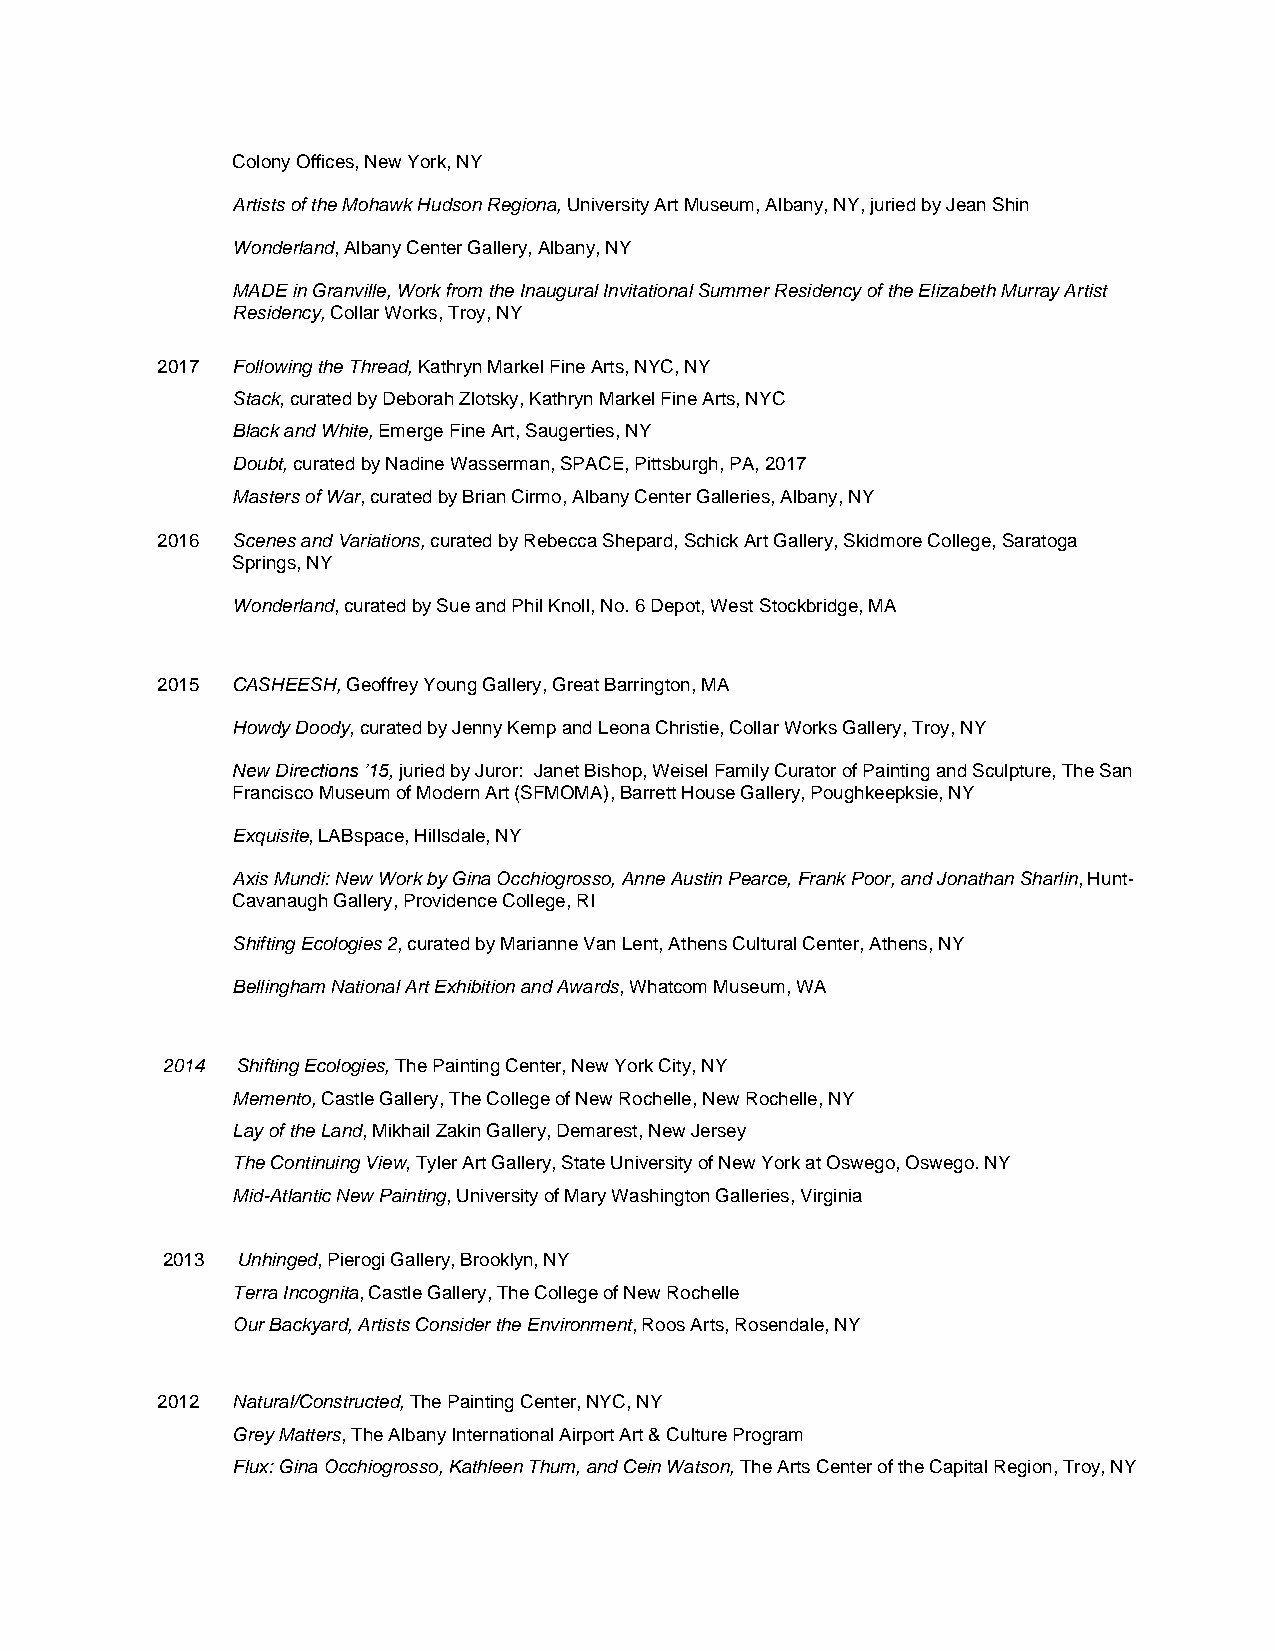
Colony Offices, New York, NY
 Artists of the Mohawk Hudson Regiona, University Art Museum, Albany, NY, juried by Jean Shin
 Wonderland, Albany Center Gallery, Albany, NY
 MADE in Granville, Work from the Inaugural Invitational Summer Residency of the Elizabeth Murray Artist
 Residency, Collar Works, Troy, NY
 2017 Following the Thread, Kathryn Markel Fine Arts, NYC, NY
 Stack, curated by Deborah Zlotsky, Kathryn Markel Fine Arts, NYC
 Black and White, Emerge Fine Art, Saugerties, NY
 Doubt, curated by Nadine Wasserman, SPACE, Pittsburgh, PA, 2017
 Masters of War, curated by Brian Cirmo, Albany Center Galleries, Albany, NY
 2016 Scenes and Variations, curated by Rebecca Shepard, Schick Art Gallery, Skidmore College, Saratoga
 Springs, NY
 Wonderland, curated by Sue and Phil Knoll, No. 6 Depot, West Stockbridge, MA
 2015 CASHEESH, Geoffrey Young Gallery, Great Barrington, MA
 Howdy Doody, curated by Jenny Kemp and Leona Christie, Collar Works Gallery, Troy, NY
 New Directions ’15, juried by Juror: Janet Bishop, Weisel Family Curator of Painting and Sculpture, The San
 Francisco Museum of Modern Art (SFMOMA), Barrett House Gallery, Poughkeepksie, NY
 Exquisite, LABspace, Hillsdale, NY
 Axis Mundi: New Work by Gina Occhiogrosso, Anne Austin Pearce, Frank Poor, and Jonathan Sharlin, Hunt-
 Cavanaugh Gallery, Providence College, RI
 Shifting Ecologies 2, curated by Marianne Van Lent, Athens Cultural Center, Athens, NY
 Bellingham National Art Exhibition and Awards, Whatcom Museum, WA
 2014 Shifting Ecologies, The Painting Center, New York City, NY
 Memento, Castle Gallery, The College of New Rochelle, New Rochelle, NY
 Lay of the Land, Mikhail Zakin Gallery, Demarest, New Jersey
 The Continuing View, Tyler Art Gallery, State University of New York at Oswego, Oswego. NY
 Mid-Atlantic New Painting, University of Mary Washington Galleries, Virginia
 2013 Unhinged, Pierogi Gallery, Brooklyn, NY
 Terra Incognita, Castle Gallery, The College of New Rochelle
 Our Backyard, Artists Consider the Environment, Roos Arts, Rosendale, NY
 2012 Natural/Constructed, The Painting Center, NYC, NY
 Grey Matters, The Albany International Airport Art & Culture Program
 Flux: Gina Occhiogrosso, Kathleen Thum, and Cein Watson, The Arts Center of the Capital Region, Troy, NY